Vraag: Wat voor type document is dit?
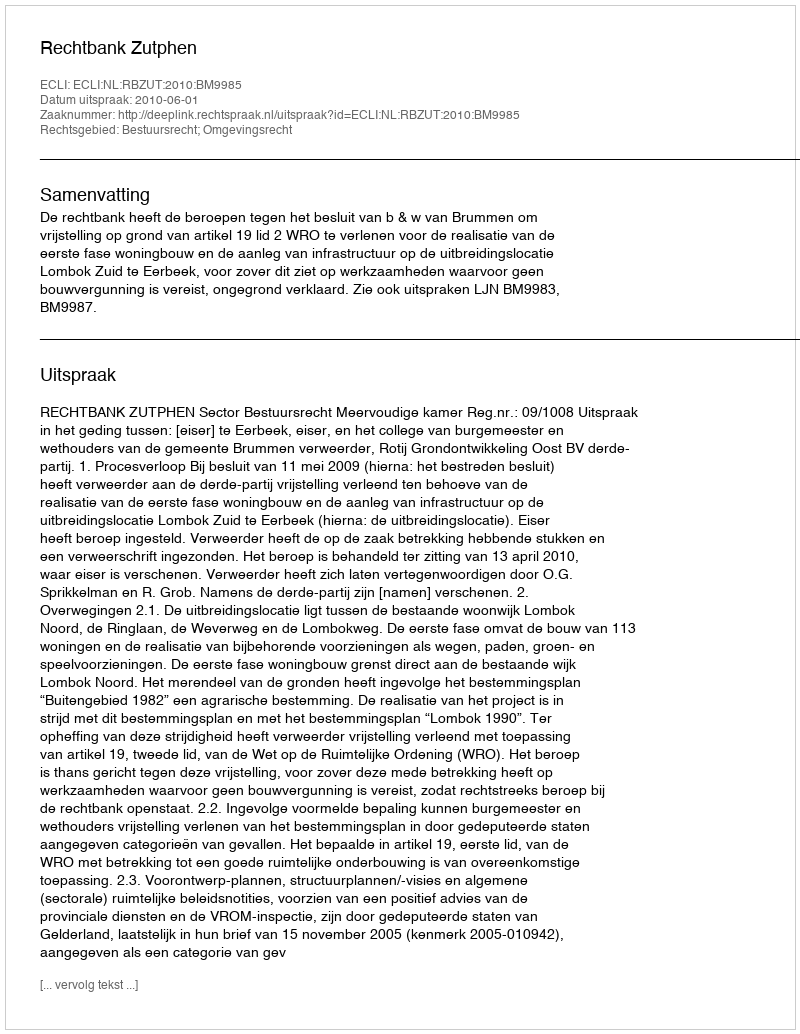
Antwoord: Uitspraak